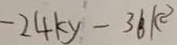
- 2 4 y - 3 6 k ^ { 2 }